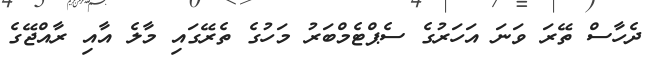
ދެހާސް ތޭރަ ވަނަ އަހަރުގެ ސެޕްޓެމްބަރު މަހުގެ ތެރޭގައި މާލެ އާއި ރާއްޖޭގެ